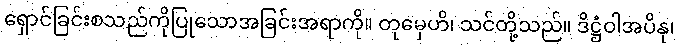
ရှောင်ခြင်းစသည်ကိုပြုသောအခြင်းအရာကို။ တုမှေဟိ၊ သင်တို့သည်။ ဒိဋ္ဌံဝါအပိနု၊